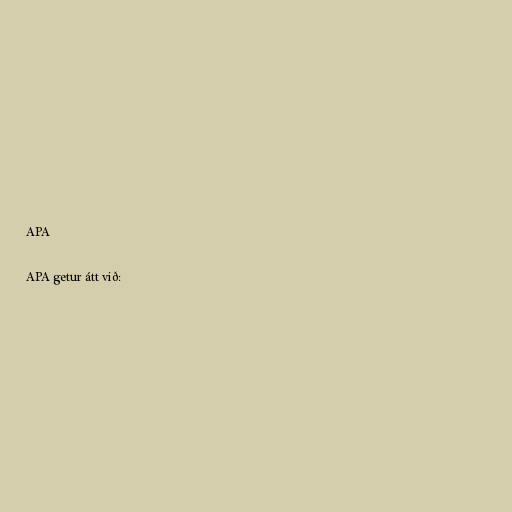
APA

APA getur átt við: